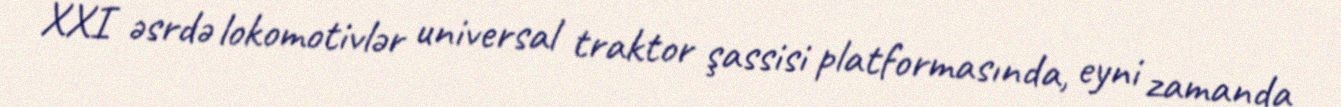
XXI əsrdə lokomotivlər universal traktor şassisi platformasında, eyni zamanda